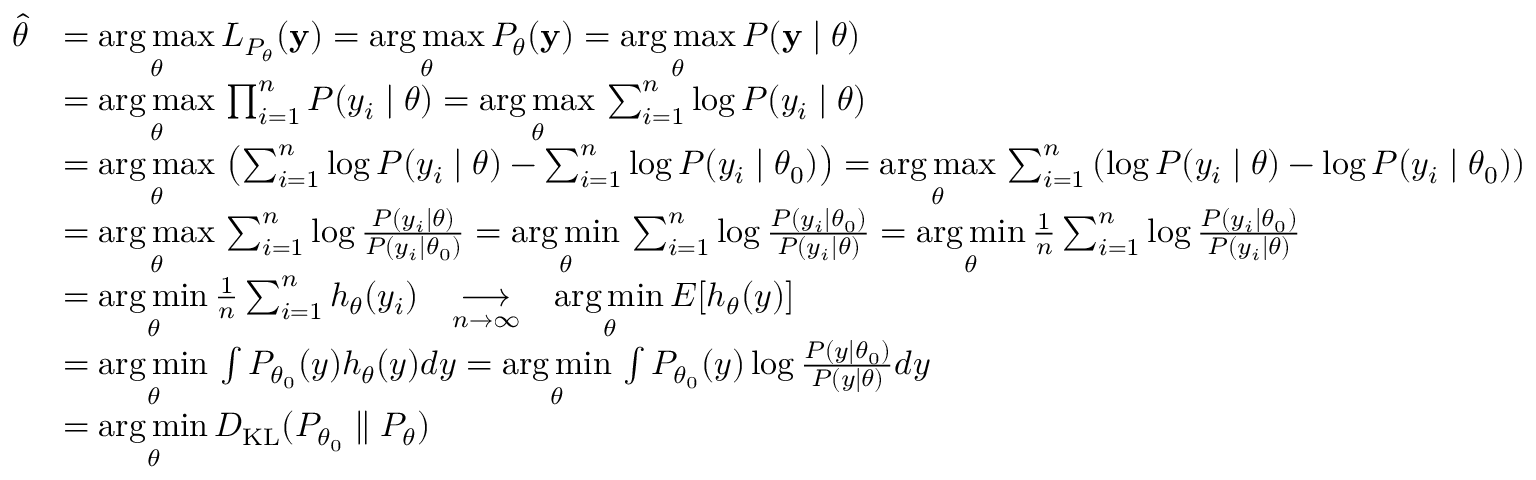
{ \begin{array} { r l } { { \hat { \theta } } } & { = { \underset { \theta } { \operatorname { a r g \, m a x } } } \, L _ { P _ { \theta } } ( \mathbf { y } ) = { \underset { \theta } { \operatorname { a r g \, m a x } } } \, P _ { \theta } ( \mathbf { y } ) = { \underset { \theta } { \operatorname { a r g \, m a x } } } \, P ( \mathbf { y } \mid \theta ) } \\ & { = { \underset { \theta } { \operatorname { a r g \, m a x } } } \, \prod _ { i = 1 } ^ { n } P ( y _ { i } \mid \theta ) = { \underset { \theta } { \operatorname { a r g \, m a x } } } \, \sum _ { i = 1 } ^ { n } \log P ( y _ { i } \mid \theta ) } \\ & { = { \underset { \theta } { \operatorname { a r g \, m a x } } } \, \left( \sum _ { i = 1 } ^ { n } \log P ( y _ { i } \mid \theta ) - \sum _ { i = 1 } ^ { n } \log P ( y _ { i } \mid \theta _ { 0 } ) \right) = { \underset { \theta } { \operatorname { a r g \, m a x } } } \, \sum _ { i = 1 } ^ { n } \left( \log P ( y _ { i } \mid \theta ) - \log P ( y _ { i } \mid \theta _ { 0 } ) \right) } \\ & { = { \underset { \theta } { \operatorname { a r g \, m a x } } } \, \sum _ { i = 1 } ^ { n } \log { \frac { P ( y _ { i } \mid \theta ) } { P ( y _ { i } \mid \theta _ { 0 } ) } } = { \underset { \theta } { \operatorname { a r g \, m i n } } } \, \sum _ { i = 1 } ^ { n } \log { \frac { P ( y _ { i } \mid \theta _ { 0 } ) } { P ( y _ { i } \mid \theta ) } } = { \underset { \theta } { \operatorname { a r g \, m i n } } } \, { \frac { 1 } { n } } \sum _ { i = 1 } ^ { n } \log { \frac { P ( y _ { i } \mid \theta _ { 0 } ) } { P ( y _ { i } \mid \theta ) } } } \\ & { = { \underset { \theta } { \operatorname { a r g \, m i n } } } \, { \frac { 1 } { n } } \sum _ { i = 1 } ^ { n } h _ { \theta } ( y _ { i } ) \quad { \underset { n \to \infty } { \longrightarrow } } \quad { \underset { \theta } { \operatorname { a r g \, m i n } } } \, E [ h _ { \theta } ( y ) ] } \\ & { = { \underset { \theta } { \operatorname { a r g \, m i n } } } \, \int P _ { \theta _ { 0 } } ( y ) h _ { \theta } ( y ) d y = { \underset { \theta } { \operatorname { a r g \, m i n } } } \, \int P _ { \theta _ { 0 } } ( y ) \log { \frac { P ( y \mid \theta _ { 0 } ) } { P ( y \mid \theta ) } } d y } \\ & { = { \underset { \theta } { \operatorname { a r g \, m i n } } } \, D _ { \mathrm { K L } } ( P _ { \theta _ { 0 } } \parallel P _ { \theta } ) } \end{array} }